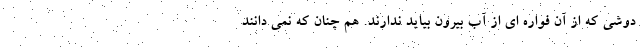
دوشی که از آن فواره ای از آب بیرون بیاید ندارند. هم چنان که نمی دانند